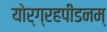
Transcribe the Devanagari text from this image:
योर्ग्रहपीडनम्